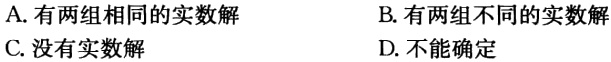
A. 有两组相同的实数解

B. 有两组不同的实数解

C. 没有实数解

D. 不能确定